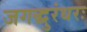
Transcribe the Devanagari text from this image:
जगद्धुरंधरः